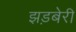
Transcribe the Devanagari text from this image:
झड़बेरी